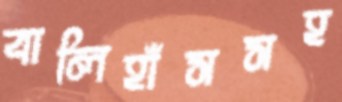
বালিহাঁসসহ